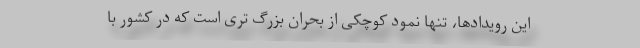
این رویدادها، تنها نمود کوچکی از بحران بزرگ تری است که در کشور با